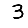
Digit: 3